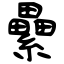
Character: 纍